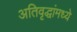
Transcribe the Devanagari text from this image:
अतिवृद्धांमध्ये